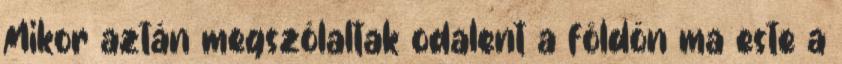
Mikor aztán megszólaltak odalent a földön ma este a